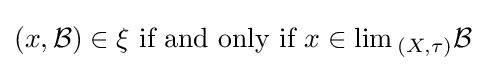
(x,{\mathcal {B}})\in \xi {\text{ if and only if }}x\in \lim {}_{(X,\tau )}{\mathcal {B}}